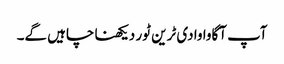
آپ آگاوا وادی ٹرین ٹور دیکھنا چاہیں گے۔